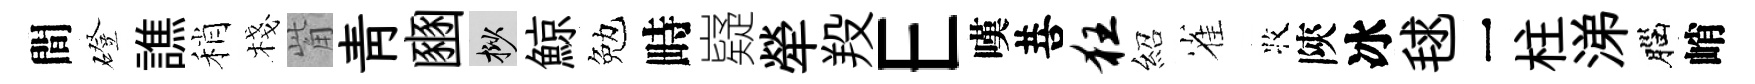
間磴譙稍棧觜青豳挲鯨勉畤嶷犖羖E嘆菩狂紹雀牧陝冰毬一柱涕腦峭